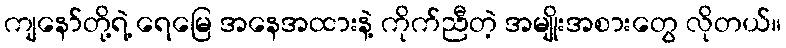
ကျနော်တို့ရဲ့ ရေမြေ အနေအထားနဲ့ ကိုက်ညီတဲ့ အမျိုးအစားတွေ လိုတယ်။